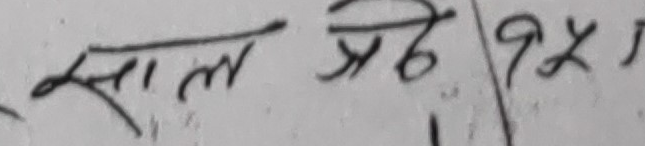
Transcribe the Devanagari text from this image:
साल औँढे ११